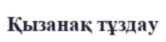
Қызанақ тұздау